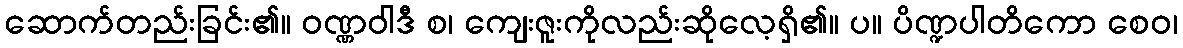
ဆောက်တည်းခြင်း၏။ ဝဏ္ဏဝါဒီ စ၊ ကျေးဇူးကိုလည်းဆိုလေ့ရှိ၏။ ပ။ ပိဏ္ဍပါတိကော စေဝ၊